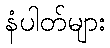
နံပါတ်များ